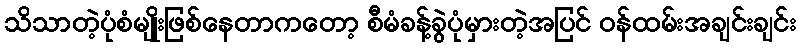
သိသာတဲ့ပုံစံမျိုးဖြစ်နေတာကတော့ စီမံခန့်ခွဲပုံမှားတဲ့အပြင် ဝန်ထမ်းအချင်းချင်း